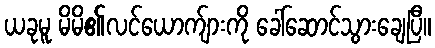
ယခုမူ မိမိ၏လင်ယောက်ျားကို ခေါ်ဆောင်သွားချေပြီ။